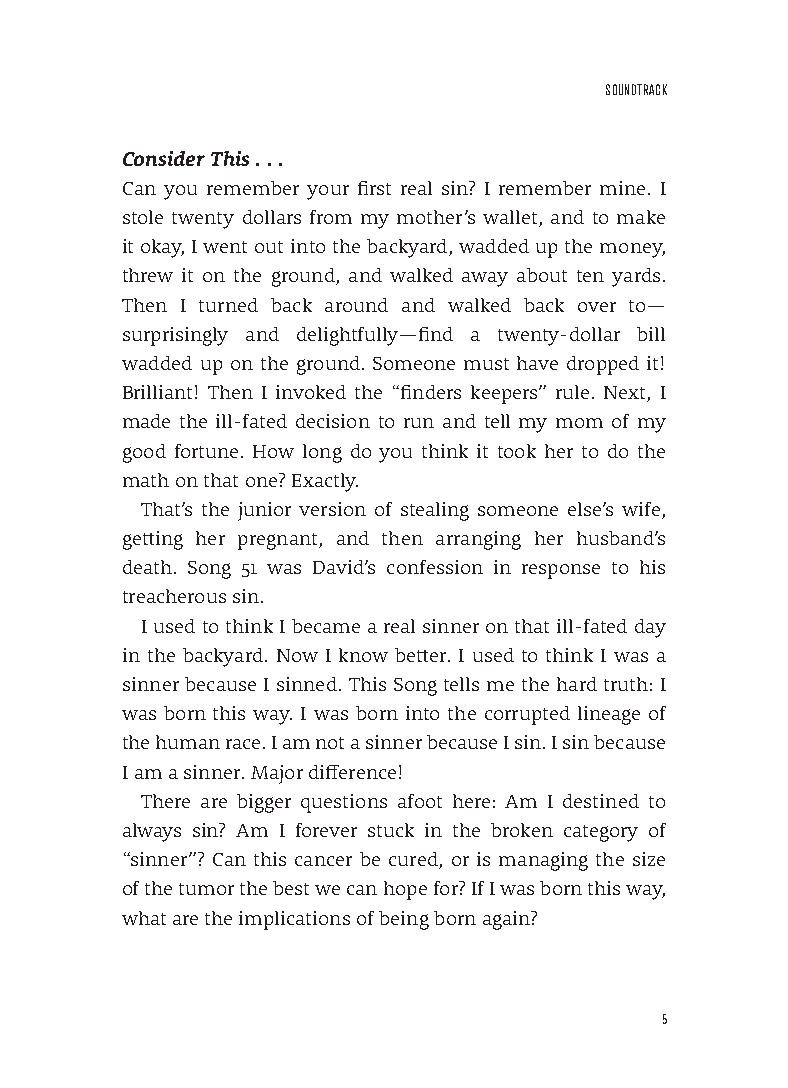
sounDTrACk
 Consider This . . .
 Can you remember your first real sin? I remember mine. I
 stole twenty dollars from my mother’s wallet, and to make
 it okay, I went out into the backyard, wadded up the money,
 threw it on the ground, and walked away about ten yards.
 Then I turned back around and walked back over to—
 surprisingly and delightfully—find a twenty-dollar bill
 wadded up on the ground. Someone must have dropped it!
 Brilliant! Then I invoked the “finders keepers” rule. Next, I
 made the ill-fated decision to run and tell my mom of my
 good fortune. How long do you think it took her to do the
 math on that one? Exactly.
 That’s the junior version of stealing someone else’s wife,
 getting her pregnant, and then arranging her husband’s
 death. Song 51 was David’s confession in response to his
 treacherous sin.
 I used to think I became a real sinner on that ill-fated day
 in the backyard. Now I know better. I used to think I was a
 sinner because I sinned. This Song tells me the hard truth: I
 was born this way. I was born into the corrupted lineage of
 the human race. I am not a sinner because I sin. I sin because
 I am a sinner. Major difference!
 There are bigger questions afoot here: Am I destined to
 always sin? Am I forever stuck in the broken category of
 “sinner”? Can this cancer be cured, or is managing the size
 of the tumor the best we can hope for? If I was born this way,
 what are the implications of being born again?
 5